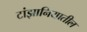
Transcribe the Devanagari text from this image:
टांझानियातील